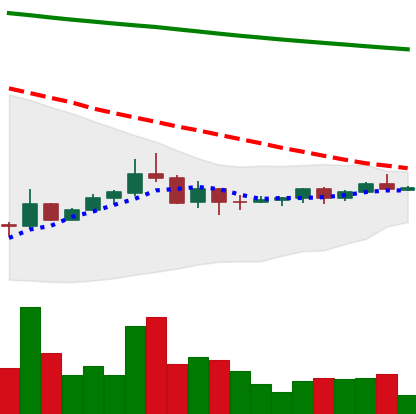
Ticker: DOGE-USD
Chart end date: 2022-07-09
Forward return: -10.24%
Label: down_7plus